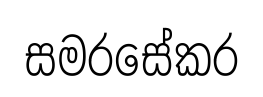
සමරසේකර